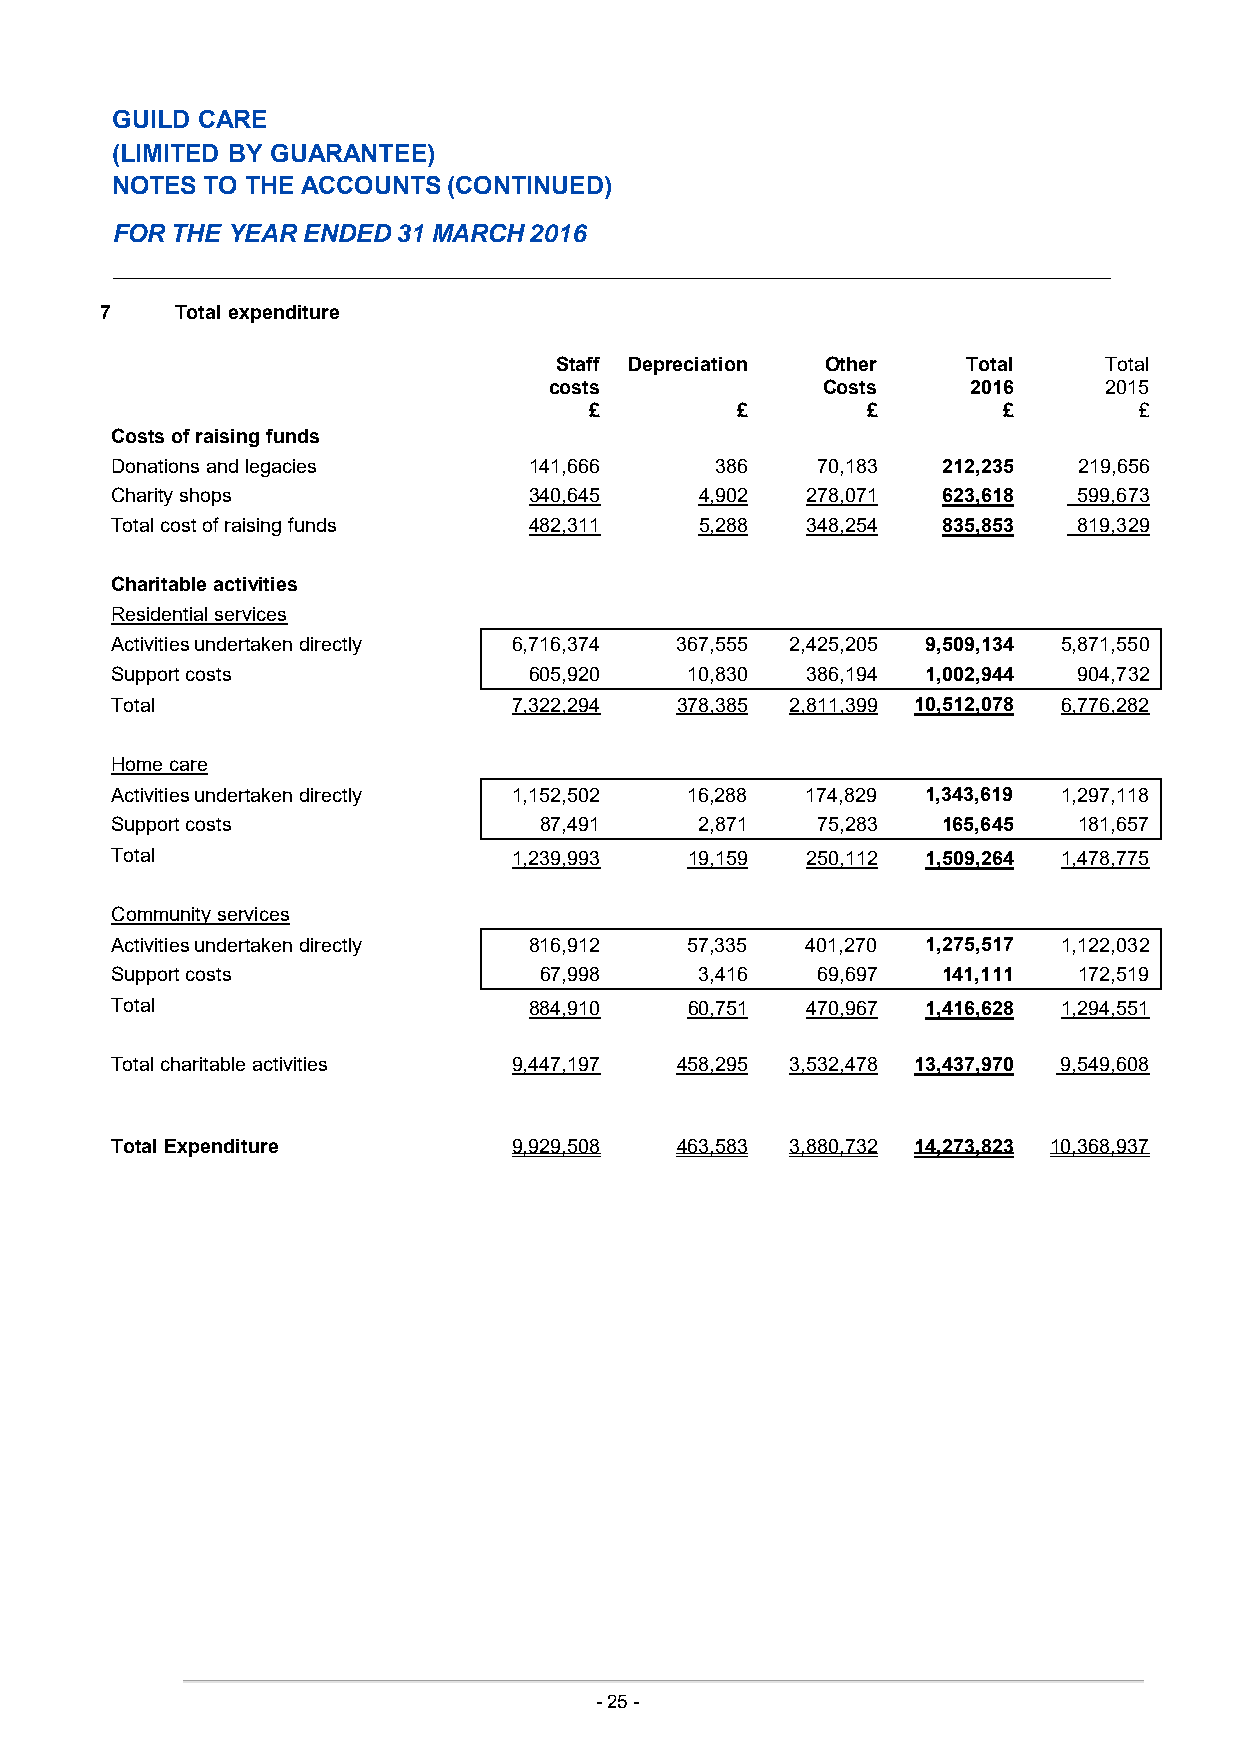
GUILD CARE
 (LIMITED BY GUARANTEE)
 NOTES  TO THE ACCOUNTS (CONTINUED)
 FOR THE YEAR ENDED 31 MARCH 2016
 7    Total expenditure
 Staff Depreciation Other   Total    Total
 costs             Costs     2016     2015
 £         £       £        £        £
 Costs of raising funds
 Donations and legacies      141,666     386    70,183  212,235  219,656
 Charity shops               340,645    4,902  278,071  623,618  599,673
 Total cost of raising funds 482,311    5,288  348,254  835,853  819,329
 Charitable activities
 Residential services
 Activities undertaken directly 6,716,374 367,555 2,425,205 9,509,134 5,871,550
 Support costs               605,920   10,830  386,194 1,002,944 904,732
 Total                      7,322,294  378,385 2,811,399 10,512,078 6,776,282
 Home care
 Activities undertaken directly 1,152,502 16,288 174,829 1,343,619 1,297,118
 Support costs                87,491    2,871   75,283  165,645  181,657
 Total                      1,239,993  19,159  250,112 1,509,264 1,478,775
 Community services
 Activities undertaken directly 816,912 57,335 401,270 1,275,517 1,122,032
 Support costs                67,998    3,416   69,697  141,111  172,519
 Total                       884,910   60,751  470,967 1,416,628 1,294,551
 Total charitable activities 9,447,197 458,295 3,532,478 13,437,970 9,549,608
 Total Expenditure          9,929,508  463,583 3,880,732 14,273,823 10,368,937
 -25 -